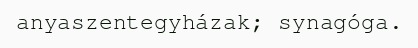
anyaszentegyházak; synagóga.